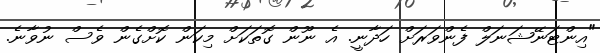
"އިންޓަނޭޝަނަލް ފެންވަރަށް ހަދާނީ. އެ ނޫން ގޮތަކަށް މިކަން ކޮށްގެން ވެސް ނުވާނެ.